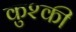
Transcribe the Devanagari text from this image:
कुश्की